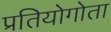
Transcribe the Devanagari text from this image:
प्रतियोगोता